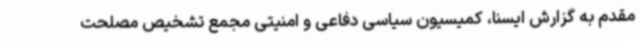
مقدم به گزارش ایسنا، کمیسیون سیاسی دفاعی و امنیتی مجمع تشخیص مصلحت